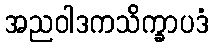
အညဝါဒကသိက္ခာပဒံ